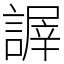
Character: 謘